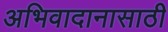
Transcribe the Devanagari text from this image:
अभिवादानासाठी